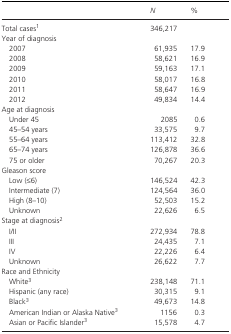
<table><thead><tr><td></td><td><b><i>N</i></b></td><td><b>%</b></td></tr></thead><tbody><tr><td>Total casesa</td><td>346,217</td><td></td></tr><tr><td colspan="3">Year of diagnosis</td></tr><tr><td>2007</td><td>61,935</td><td>17.9</td></tr><tr><td>2008</td><td>58,621</td><td>16.9</td></tr><tr><td>2009</td><td>59,163</td><td>17.1</td></tr><tr><td>2010</td><td>58,017</td><td>16.8</td></tr><tr><td>2011</td><td>58,647</td><td>16.9</td></tr><tr><td>2012</td><td>49,834</td><td>14.4</td></tr><tr><td colspan="3">Age at diagnosis</td></tr><tr><td>Under 45</td><td>2085</td><td>0.6</td></tr><tr><td>45–54 years</td><td>33,575</td><td>9.7</td></tr><tr><td>55–64 years</td><td>113,412</td><td>32.8</td></tr><tr><td>65–74 years</td><td>126,878</td><td>36.6</td></tr><tr><td>75 or older</td><td>70,267</td><td>20.3</td></tr><tr><td colspan="3">Gleason score</td></tr><tr><td>Low (≤6)</td><td>146,524</td><td>42.3</td></tr><tr><td>Intermediate (7)</td><td>124,564</td><td>36.0</td></tr><tr><td>High (8–10)</td><td>52,503</td><td>15.2</td></tr><tr><td>Unknown</td><td>22,626</td><td>6.5</td></tr><tr><td colspan="3">Stage at diagnosisb</td></tr><tr><td>I/II</td><td>272,934</td><td>78.8</td></tr><tr><td>III</td><td>24,435</td><td>7.1</td></tr><tr><td>IV</td><td>22,226</td><td>6.4</td></tr><tr><td>Unknown</td><td>26,622</td><td>7.7</td></tr><tr><td colspan="3">Race and Ethnicity</td></tr><tr><td>Whitec</td><td>238,148</td><td>71.1</td></tr><tr><td>Hispanic (any race)</td><td>30,315</td><td>9.1</td></tr><tr><td>Blackc</td><td>49,673</td><td>14.8</td></tr><tr><td>American Indian or Alaska Nativec</td><td>1156</td><td>0.3</td></tr><tr><td>Asian or Pacific Islanderc</td><td>15,578</td><td>4.7</td></tr></tbody></table>